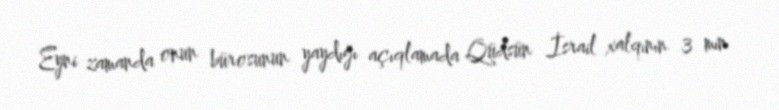
Eyni zamanda onun bürosunun yaydığı açıqlamada Qüdsün İsrail xalqının 3 min